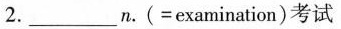
2. ______n.(emamination )考试